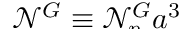
\smash { \mathcal { N } ^ { G } \equiv \mathcal { N } _ { \! p } ^ { G } a ^ { 3 } }